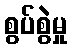
စွပ်စွဲမှု